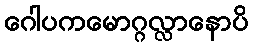
ဂေါပကမောဂ္ဂလ္လာနောပိ